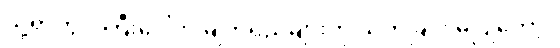
သို့ရာတွင် ကြီးဒေါ်က မျက်ရည်များကို သုတ်ခြင်း မပြုတော့။